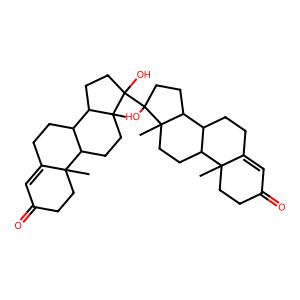
SMILES: CC12CCC(=O)C=C1CCC1C2CCC2(C)C1CCC2(O)C1(O)CCC2C3CCC4=CC(=O)CCC4(C)C3CCC21C
Inhibits HIV replication: No